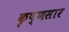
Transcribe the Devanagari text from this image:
कृष्णसार